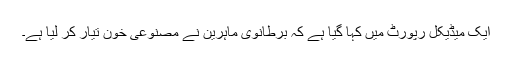
ایک میڈیکل رپورٹ میں کہا گیا ہے کہ برطانوی ماہرین نے مصنوعی خون تیار کر لیا ہے۔